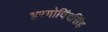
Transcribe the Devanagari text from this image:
हरगोविंदसिंह